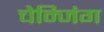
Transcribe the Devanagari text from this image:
चेन्जिंग